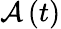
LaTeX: {\displaystyle\mathcal{A}\left(t\right)}